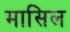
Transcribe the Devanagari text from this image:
मासिल